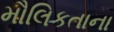
મૌલિકતાના